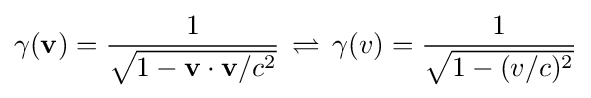
\gamma (\mathbf {v} )={\frac {1}{\sqrt {1-\mathbf {v} \cdot \mathbf {v} /c^{2}}}}\,\rightleftharpoons \,\gamma (v)={\frac {1}{\sqrt {1-(v/c)^{2}}}}